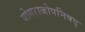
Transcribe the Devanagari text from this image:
योगराजोपनिषद्